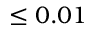
\le 0 . 0 1